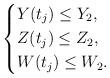
LaTeX: \begin{align*}\left\{\begin{aligned}&Y(t_{j})\leq Y_2,\\&Z(t_j)\leq Z_2,\\&W(t_j)\leq W_2.\end{aligned}\right.\end{align*}